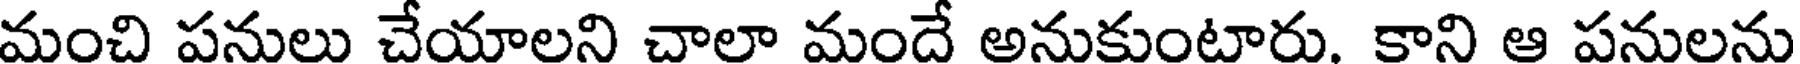
మంచి పనులు చేయాలని చాలా మందే అనుకుంటారు. కాని ఆ పనులను